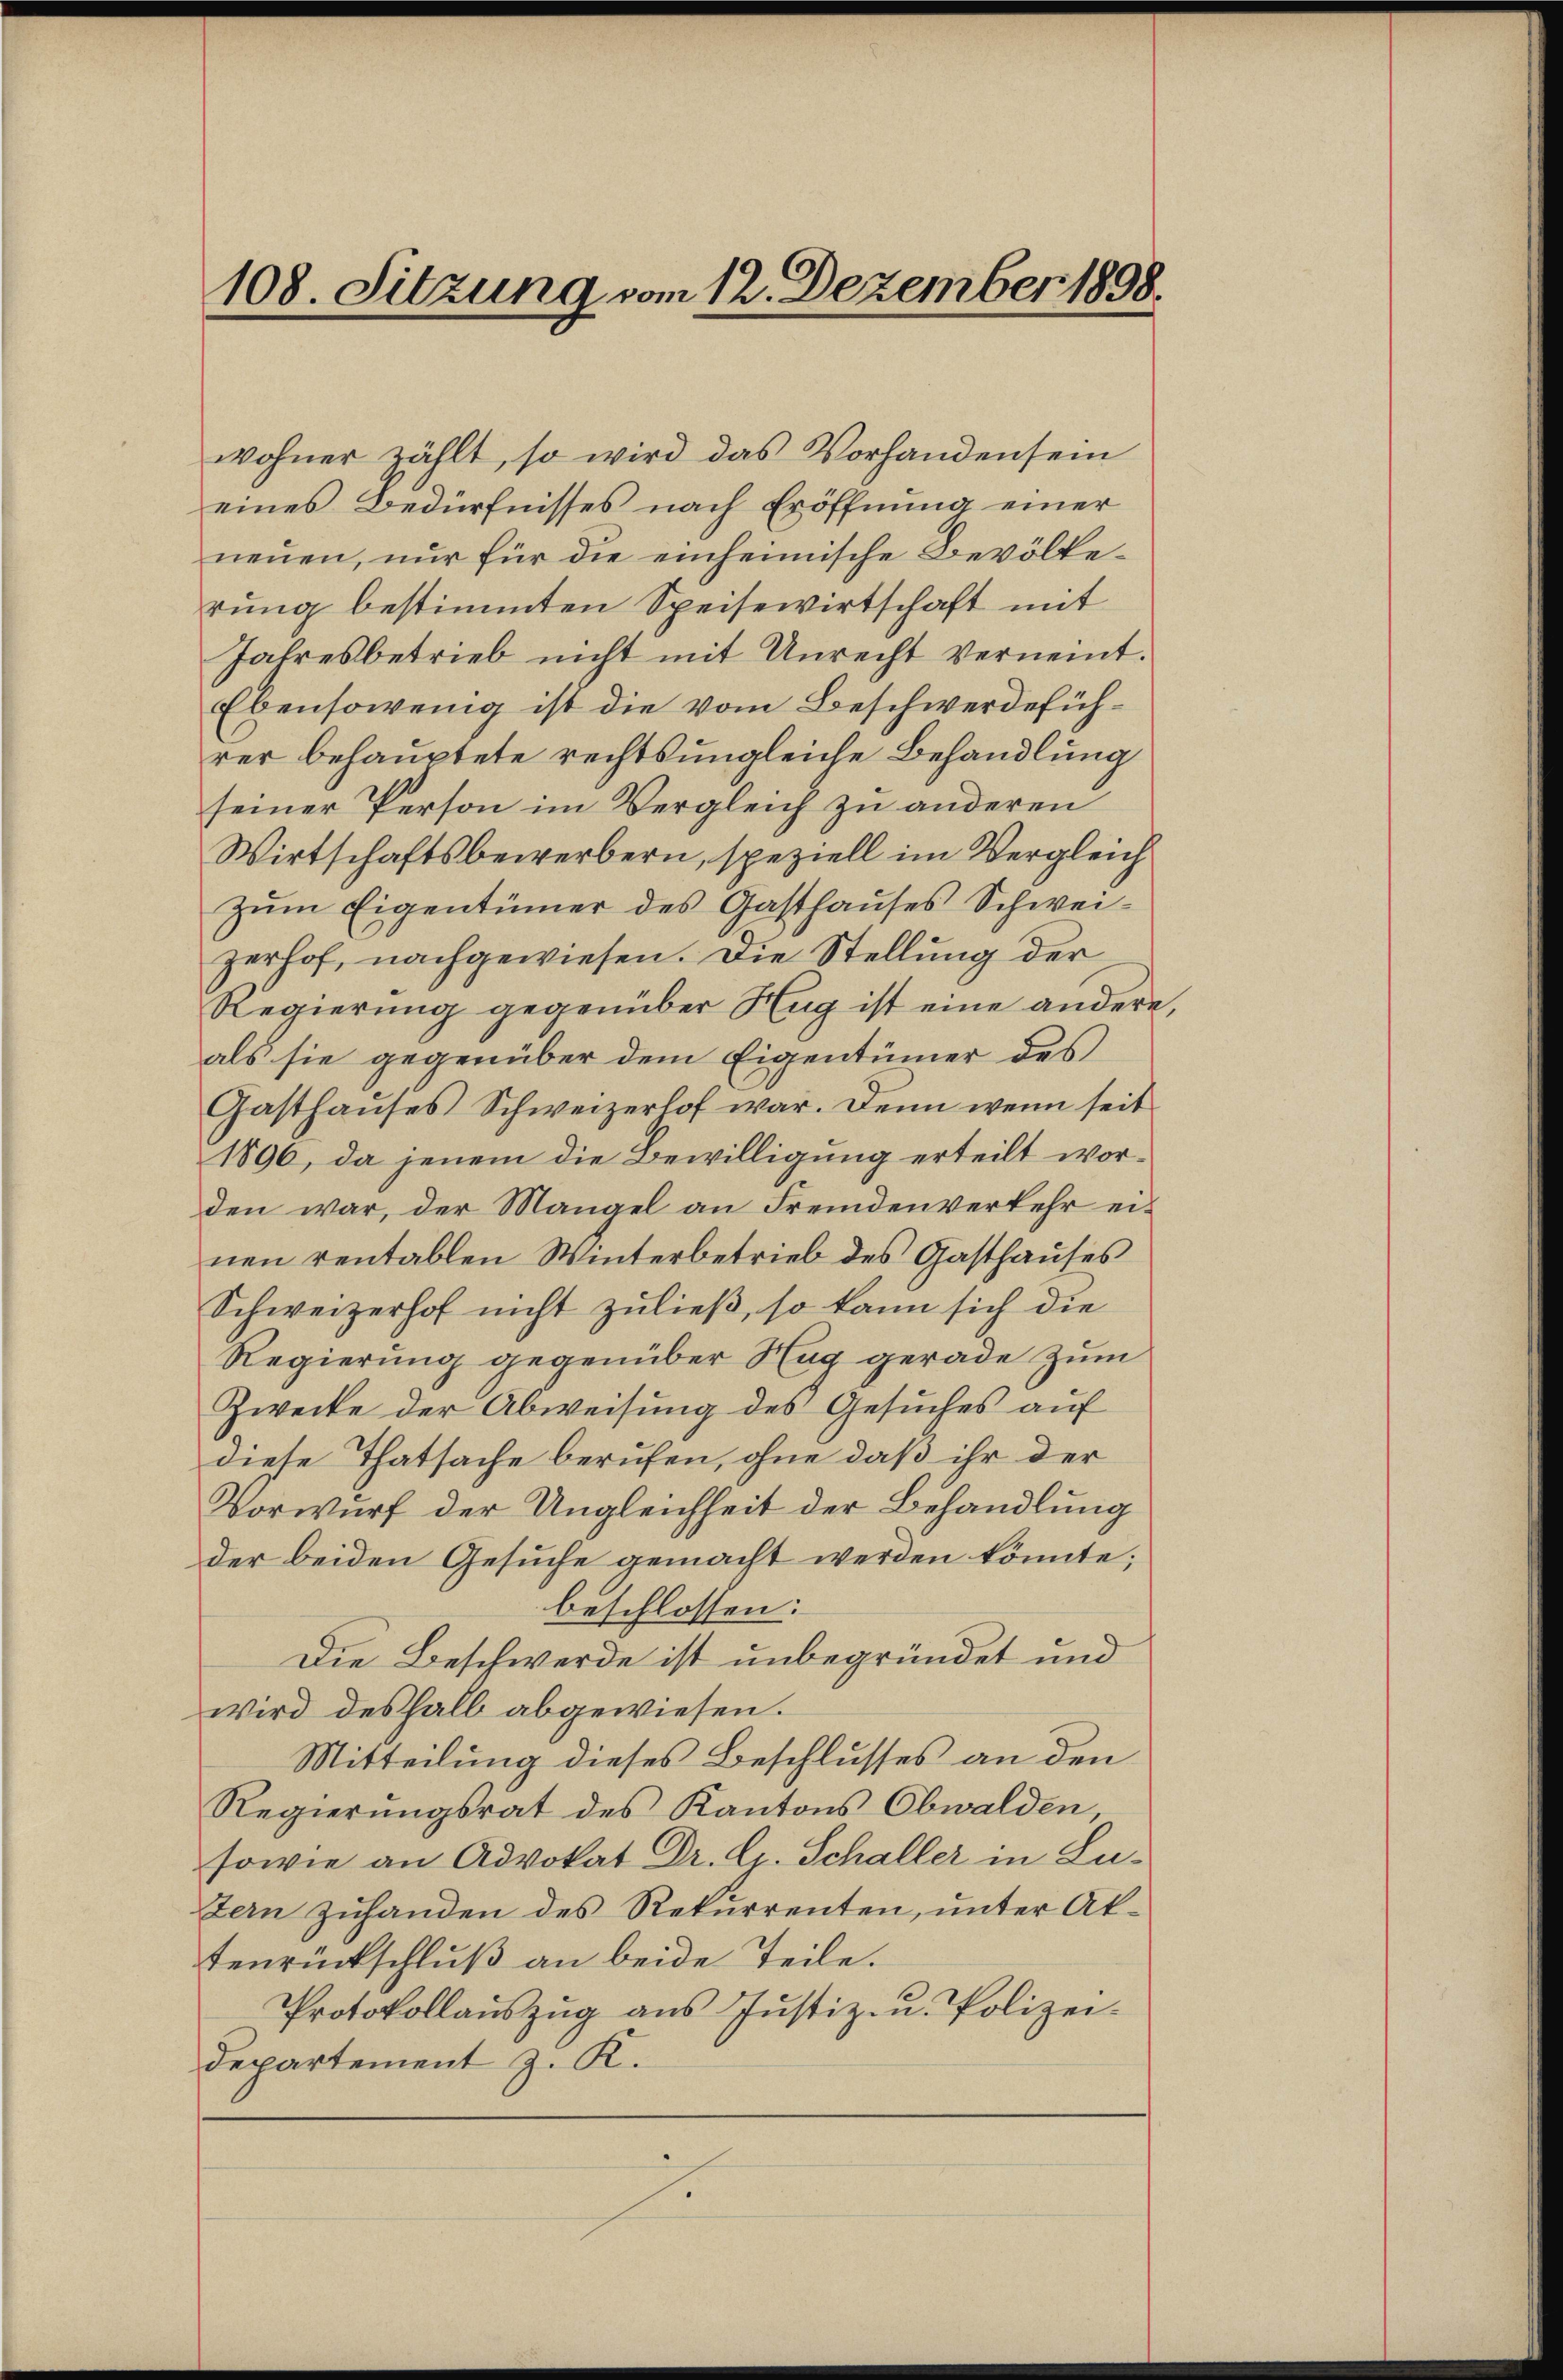
108. Sitzung vom 12. Dezember 1898.

wohner zählt, so wird das Vorhanden sein
eines Bedürfnisses nach Eröffnŭng einer
neuen, nur für die einheimische Bevölkerung bestimmten Speisewirtschaft mit
Jahresbetrieb nicht mit Unrecht verneint.
Ebensowenig ist die vom Beschwerdeführer behauptete rechts ungleiche Behandlung
seiner Person im Vergleich zu anderen
Wirtschaftsbewerbern, speziell im Vergleich
zŭm Eigentümer des Gasthaŭses Schwei-
zerhof, nachgewiesen. Die Stellung der
Regierung gegenüber Hug ist eine andere
als sie gegenüber dem Eigentümer des
Gasthaŭses Schweizerlof war. Denn wenn seit
1896, da jenem die Bewilligung erteilt worden war, der Mangel an Fremdenverkehr ei-
nen rentablen Winterbetrieb des Gasthauses
Schweizerhof nicht zuließ, so kann sich die
Regierung gegenüber Sag gerade zum
Zwecke der Abweisung des Gesuches auf
diese Thatsache berufen, ohne daß ihr der
Vorwurf der Ungleichheit der Behandlung
der beiden Gesuche gemacht werden könnte;
beschlossen:
Die Beschwerde ist unbegründet und
wird deshalb abgewiesen.
Mitteilung dieses Beschlusses an den
Regierungsrat des Kantons Obwalden,
sowie an Advokat Dr. C. Schaller in Lutern zuhanden des Rekurrenten, unter Aktenrückschluß an beide Teile.
Protokollaŭszŭg aŭs Jŭstiz- u. Polizei-
Departement z. K.